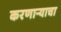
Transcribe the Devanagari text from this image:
करणाऱ्याचा